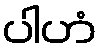
ပါဟံ